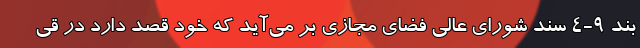
بند ۹-۴ سند شورای عالی فضای مجازی بر می‌آید که خود قصد دارد در قی